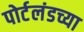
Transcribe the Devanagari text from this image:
पोर्टलंडच्या